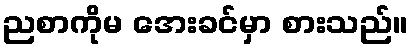
ညစာကိုမ အေးခင်မှာ စားသည်။